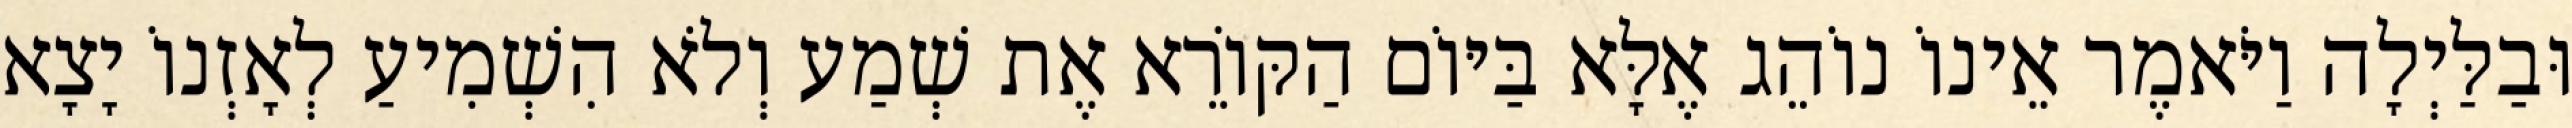
וּבַלַּיְלָה וַיֹּאמֶר אֵינוֹ נוֹהֵג אֶלָּא בַּיּוֹם הַקּוֹרֵא אֶת שְׁמַע וְלֹא הִשְׁמִיעַ לְאָזְנוֹ יָצָא